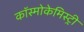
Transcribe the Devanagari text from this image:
कॉस्मोकेमिस्ट्री